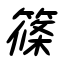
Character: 篠